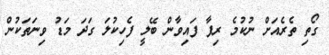
ގޯތި ތެރެއަށް ނުކުމެ ރިފާ ފައިވާން ބޭލީ ފެހިކުލަ ގަދަ މަޑު ވިނަތަކުން